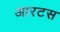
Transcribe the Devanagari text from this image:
आरटस